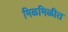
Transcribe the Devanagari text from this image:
मिळमिळीत